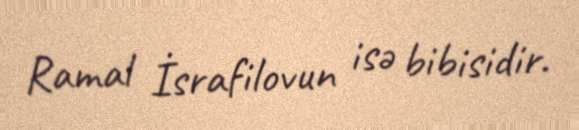
Ramal İsrafilovun isə bibisidir.